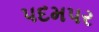
પદમપર